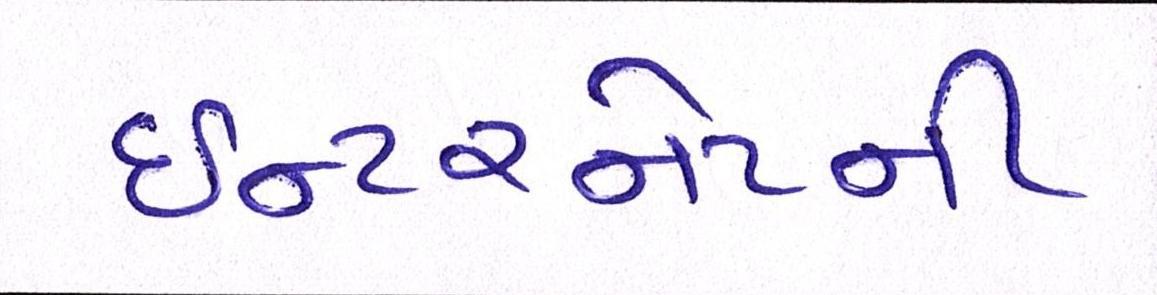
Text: ઈન્ટરનેટની